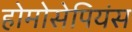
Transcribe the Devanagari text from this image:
होमोसेपियंस